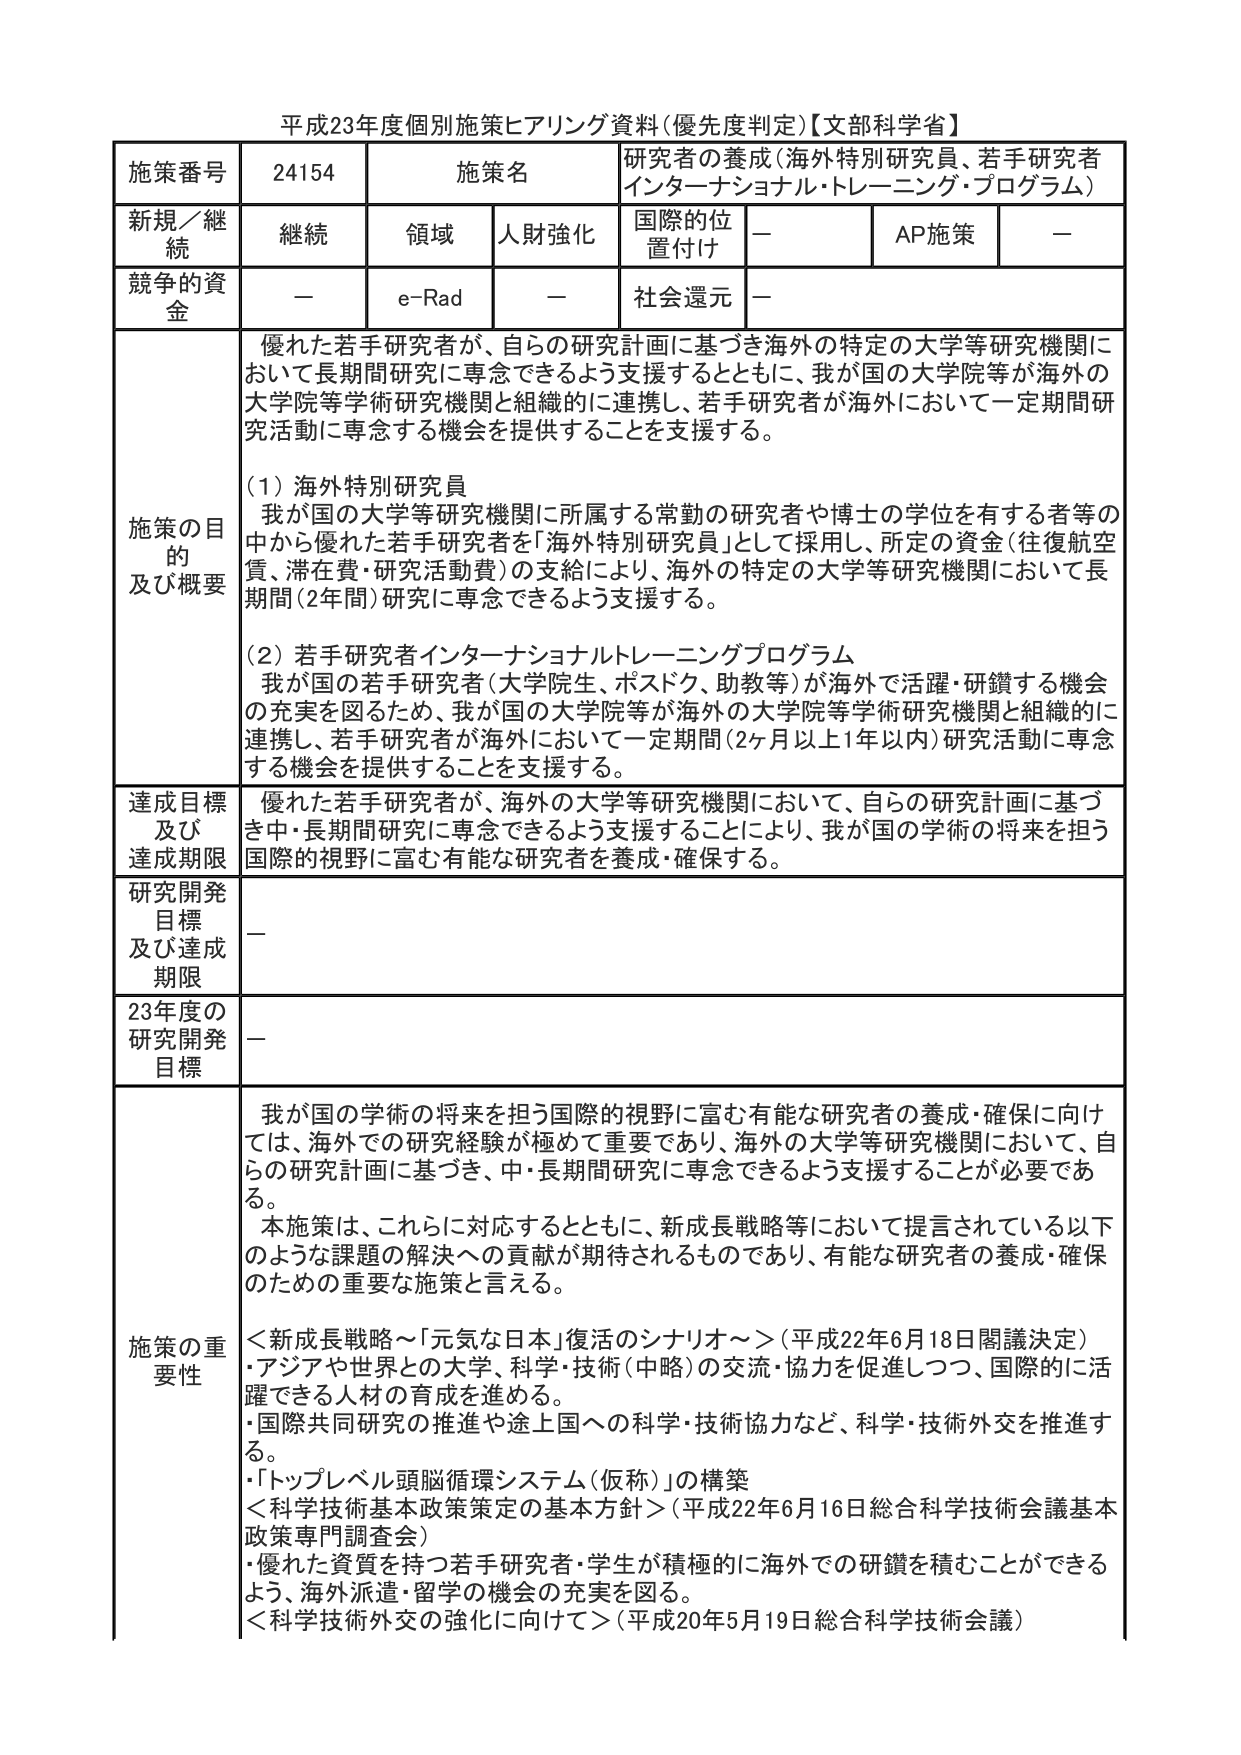
平成23年度個別施策ヒアリング資料（優先度判定）【文部科学省】

施策番号　24154　施策名　研究者の養成（海外特別研究員、若手研究者インターナショナル・トレーニング・プログラム）

新規／継続　継続　領域　人財強化　国際的位置付け　－　AP施策　－

競争的資金　－　e-Rad　－　社会還元　－

施策の目的及び概要　優れた若手研究者が、自らの研究計画に基づき海外の特定の大学等研究機関において長期間研究に専念できるよう支援するとともに、我が国の大学院等が海外の大学院等学術研究機関と組織的に連携し、若手研究者が海外において一定期間研究活動に専念する機会を提供することを支援する。

（1）海外特別研究員
我が国の大学等研究機関に所属する常勤の研究者や博士の学位を有する者等の中から優れた若手研究者を「海外特別研究員」として採用し、所定の資金（往復航空費、滞在費・研究活動費）の支給により、海外の特定の大学等研究機関において長期間（2年間）研究に専念できるよう支援する。

（2）若手研究者インターナショナルトレーニングプログラム
我が国の若手研究者（大学院生、ポスドク、助教等）が海外で活躍・研鑽する機会の充実を図るため、我が国の大学院等が海外の大学院等学術研究機関と組織的に連携し、若手研究者が海外において一定期間（2ヶ月以上1年以内）研究活動に専念する機会を提供することを支援する。

達成目標及び達成期限　優れた若手研究者が、海外の大学等研究機関において、自らの研究計画に基づき中・長期間研究に専念できるよう支援することにより、我が国の学術の将来を担う国際的視野に富む有能な研究者を養成・確保する。

研究開発目標及び達成期限　－

23年度の研究開発目標　－

施策の重要性　我が国の学術の将来を担う国際的視野に富む有能な研究者の養成・確保に向けては、海外での研究経験が極めて重要であり、海外の大学等研究機関において、自らの研究計画に基づき、中・長期間研究に専念できるよう支援することが必要である。

本施策は、これらに対応するとともに、新成長戦略等において提言されている以下のような課題の解決への貢献が期待されるものであり、有能な研究者の養成・確保のための重要な施策と言える。

＜新成長戦略～「元気な日本」復活のシナリオ～＞（平成22年6月18日閣議決定）
・アジアや世界との大学、科学・技術（中略）の交流・協力を促進しつつ、国際的に活躍できる人材の育成を進める。
・国際共同研究の推進や途上国への科学・技術協力など、科学・技術外交を推進する。
・「トップレベル頭脳循環システム（仮称）」の構築

＜科学技術基本政策策定の基本方針＞（平成22年6月16日総合科学技術会議基本政策専門調査会）
・優れた資質を持つ若手研究者・学生が積極的に海外での研鑽を積むことができるよう、海外派遣・留学の機会の充実を図る。

＜科学技術外交の強化に向けて＞（平成20年5月19日総合科学技術会議）